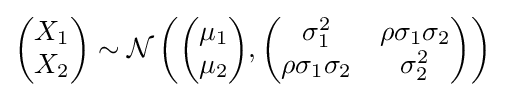
{\begin{pmatrix}X_{1}\\X_{2}\end{pmatrix}}\sim {\mathcal {N}}\left({\begin{pmatrix}\mu _{1}\\\mu _{2}\end{pmatrix}},{\begin{pmatrix}\sigma _{1}^{2}&\rho \sigma _{1}\sigma _{2}\\\rho \sigma _{1}\sigma _{2}&\sigma _{2}^{2}\end{pmatrix}}\right)